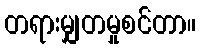
တရားမျှတမှုစင်တာ။